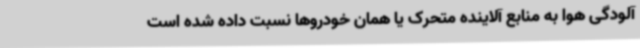
آلودگی هوا به منابع آلاینده متحرک یا همان خودروها نسبت داده شده است